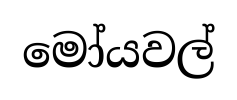
මෝයවල්